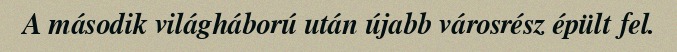
A második világháború után újabb városrész épült fel.